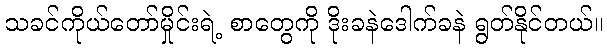
သခင်ကိုယ်တော်မှိုင်းရဲ့ စာတွေကို ဒိုးခနဲဒေါက်ခနဲ ရွတ်နိုင်တယ်။